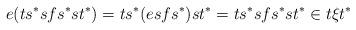
LaTeX: \begin{align*}e(ts^*sfs^*st^*) = ts^*(esfs^*)st^* = ts^*sfs^*st^* \in t\xi t^*\end{align*}